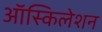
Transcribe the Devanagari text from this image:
ऑस्किलेशन